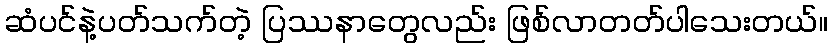
ဆံပင်နဲ့ပတ်သက်တဲ့ ပြဿနာတွေလည်း ဖြစ်လာတတ်ပါသေးတယ်။